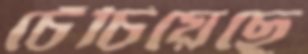
চেঁচিয়েছে